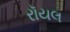
રૉયલ